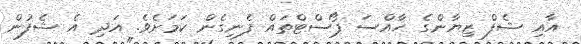
އާއި ޝެފް ޒިޔާންގެ ހާއްސަ ޕޯސްޓްތައް ފެނިގެން ކަމަށެވެ. އަދި އެ ޝެފުން